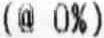
(@ 0%)